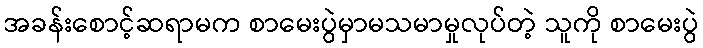
အခန်းစောင့်ဆရာမက စာမေးပွဲမှာမသမာမှုလုပ်တဲ့ သူကို စာမေးပွဲ